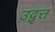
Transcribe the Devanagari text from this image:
उद्वृत्त